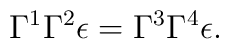
\Gamma^1\Gamma^2\epsilon = \Gamma^3\Gamma^4\epsilon.